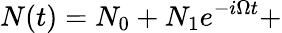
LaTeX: N(t)=N_{0}+N_{1}e^{-i\Omega t}+